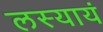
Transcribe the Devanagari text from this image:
लस्यायं